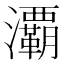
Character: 㶚